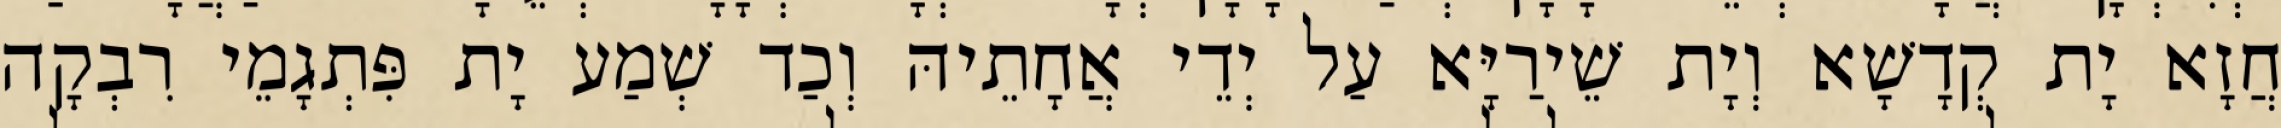
חֲזָא יָת קְדָשָׁא וְיָת שֵׁירַיָּא עַל יְדֵי אֲחָתֵיהּ וְכַד שְׁמַע יָת פִּתְגָמֵי רִבְקָה